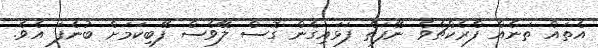
އެތައް ތަނެއް ފްރެކްޗާވެ ނޭފަތް ފަޅައިގެން ގޮސް ލޭވެސް ފޭބިކަމަށް ބުނެފަ އެވެ.